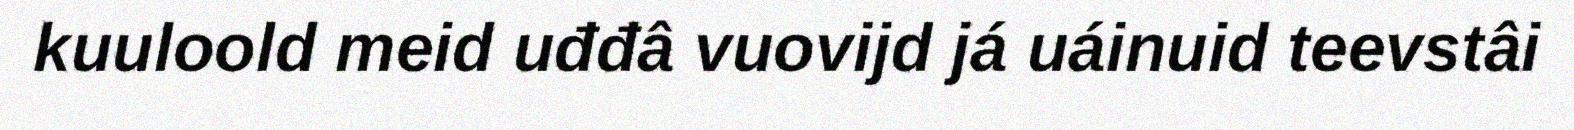
kuuloold meid uđđâ vuovijd já uáinuid teevstâi